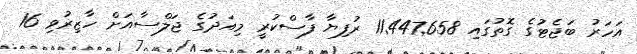
އަހަރު ބަޖެޓުގެ ގޮތުގައި 11